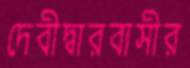
দেবীদ্বারবাসীর